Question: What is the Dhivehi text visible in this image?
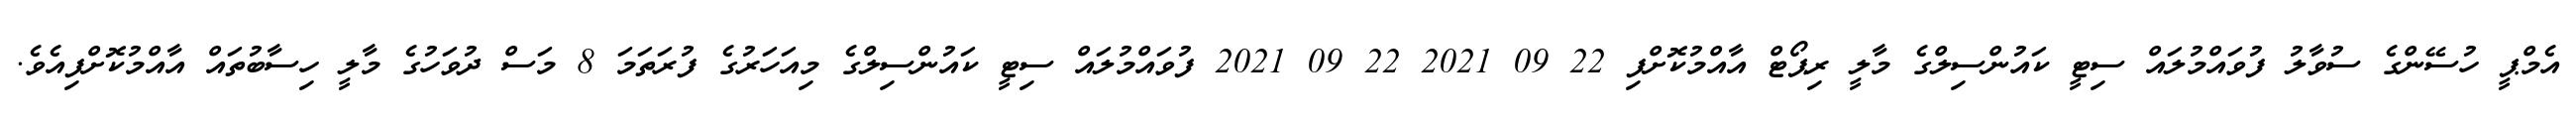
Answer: އެމްޕީ ހުސޭންގެ ސުވާލު ފުވައްމުލައް ސިޓީ ކައުންސިލްގެ މާލީ ރިޕޯޓް އާއްމުކޮށްފި 22 09 2021 22 09 2021 ފުވައްމުލައް ސިޓީ ކައުންސިލްގެ މިއަހަރުގެ ފުރަތަމަ 8 މަސް ދުވަހުގެ މާލީ ހިސާބުތައް އާއްމުކޮށްފިއެވެ.